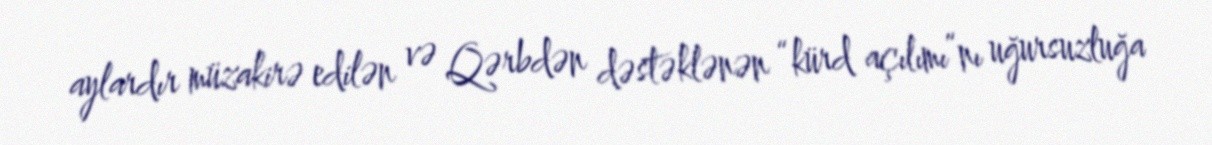
aylardır müzakirə edilən və Qərbdən dəstəklənən “kürd açılımı”nı uğursuzluğa